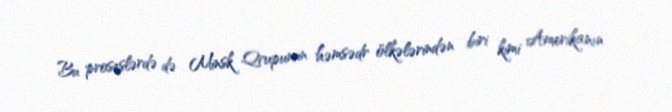
Bu proseslərdə də Minsk Qrupunun həmsədr ölkələrindən biri kimi Amerikanın